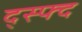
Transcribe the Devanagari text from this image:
द्स्फ्द